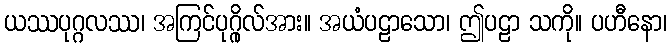
ယဿပုဂ္ဂလဿ၊ အကြင်ပုဂ္ဂိုလ်အား။ အယံပဠာသော၊ ဤပဠာ သကို။ ပဟီနော၊